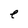
Character: e